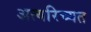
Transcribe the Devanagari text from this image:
अत्यरिच्यत